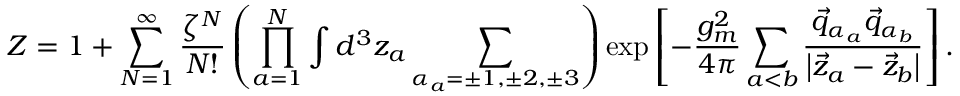
{ \cal Z } = 1 + \sum _ { N = 1 } ^ { \infty } \frac { \zeta ^ { N } } { N ! } \left( \prod _ { a = 1 } ^ { N } \int d ^ { 3 } z _ { a } \sum _ { \alpha _ { a } = \pm 1 , \pm 2 , \pm 3 } ^ { } \right) \exp \left[ - \frac { g _ { m } ^ { 2 } } { 4 \pi } \sum _ { a < b } ^ { } \frac { \vec { q } _ { \alpha _ { a } } \vec { q } _ { \alpha _ { b } } } { \left| \vec { z } _ { a } - \vec { z } _ { b } \right| } \right] .